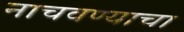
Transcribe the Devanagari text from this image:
नाचवण्याचा